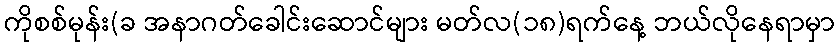
ကိုစစ်မုန်း(ခ အနာဂတ်ခေါင်းဆောင်များ မတ်လ(၁၈)ရက်နေ့ ဘယ်လိုနေရာမှာ